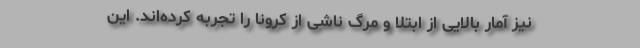
نیز آمار بالایی از ابتلا و مرگ ناشی از کرونا را تجربه کرده‌اند. این